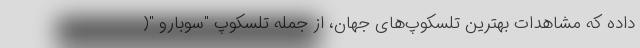
داده که مشاهدات بهترین تلسکوپ‌های جهان، از جمله تلسکوپ "سوبارو "(